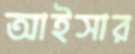
আইসার